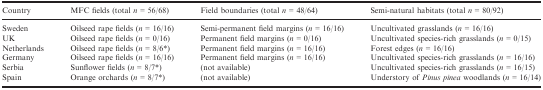
<table><thead><tr><td><b>Country</b></td><td><b>MFC fields (total <i>n </i>=<i> </i>56/68)</b></td><td><b>Field boundaries (total <i>n </i>=<i> </i>48/64)</b></td><td><b>Semi‐natural habitats (total <i>n </i>=<i> </i>80/92)</b></td></tr></thead><tbody><tr><td>Sweden</td><td>Oilseed rape fields (<i>n </i>=<i> </i>16/16)</td><td>Semi‐permanent field margins (<i>n </i>=<i> </i>16/16)</td><td>Uncultivated grasslands (<i>n </i>=<i> </i>16/16)</td></tr><tr><td>UK</td><td>Oilseed rape fields (<i>n </i>=<i> </i>0/16)</td><td>Permanent field margins (<i>n </i>=<i> </i>0/16)</td><td>Uncultivated species‐rich grasslands (<i>n </i>=<i> </i>0/15)</td></tr><tr><td>Netherlands</td><td>Oilseed rape fields (<i>n </i>=<i> </i>8/6a)</td><td>Permanent field margins (<i>n </i>=<i> </i>16/16)</td><td>Forest edges (<i>n </i>=<i> </i>16/16)</td></tr><tr><td>Germany</td><td>Oilseed rape fields (<i>n </i>=<i> </i>16/16)</td><td>Permanent field margins (<i>n </i>=<i> </i>16/16)</td><td>Uncultivated species‐rich grasslands (<i>n </i>=<i> </i>16/16)</td></tr><tr><td>Serbia</td><td>Sunflower fields (<i>n </i>=<i> </i>8/7a)</td><td>(not available)</td><td>Uncultivated species‐rich grasslands (<i>n </i>=<i> </i>16/15)</td></tr><tr><td>Spain</td><td>Orange orchards (<i>n </i>=<i> </i>8/7a)</td><td>(not available)</td><td>Understory of <i>Pinus pinea</i> woodlands (<i>n </i>=<i> </i>16/14)</td></tr></tbody></table>